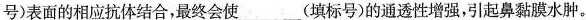
号)表面的相应抗体结合，最终会使19(填标号)的通透性增强，引起鼻黏膜水肿。